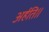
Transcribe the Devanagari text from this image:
अर्हति॥